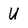
Character: U